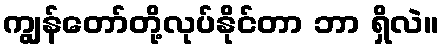
ကျွန်တော်တို့လုပ်နိုင်တာ ဘာ ရှိလဲ။